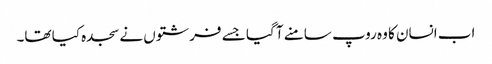
اب انسان کا وہ روپ سامنے آ گیا جسے فرشتوں نے سجدہ کیا تھا۔